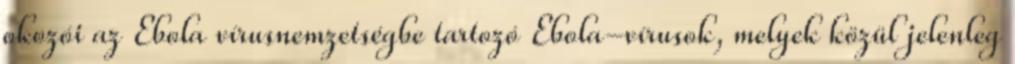
okozói az Ebola vírusnemzetségbe tartozó Ebola-vírusok, melyek közül jelenleg